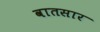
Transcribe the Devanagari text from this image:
वातसार